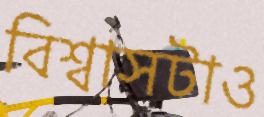
বিশ্বাসটাও